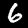
Digit: 6